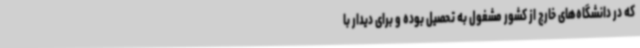
که در دانشگاه‌های خارج از کشور مشغول به تحصیل بوده و برای دیدار با